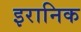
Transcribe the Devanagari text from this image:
इरानिक